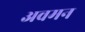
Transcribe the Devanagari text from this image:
अवमन